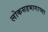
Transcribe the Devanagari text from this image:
लोकसहभागाच्या